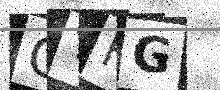
Text: GYFG